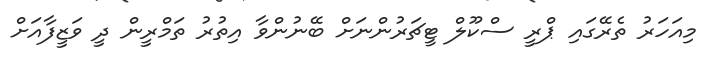
މިއަހަރު ތެރޭގައި ޕްރީ ސްކޫލް ޓީޗަރުންނަށް ބޭނުންވާ އިތުރު ތަމްރީން ދީ ވަޒީފާއަށް